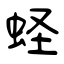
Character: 蛏